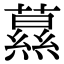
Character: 𦿌